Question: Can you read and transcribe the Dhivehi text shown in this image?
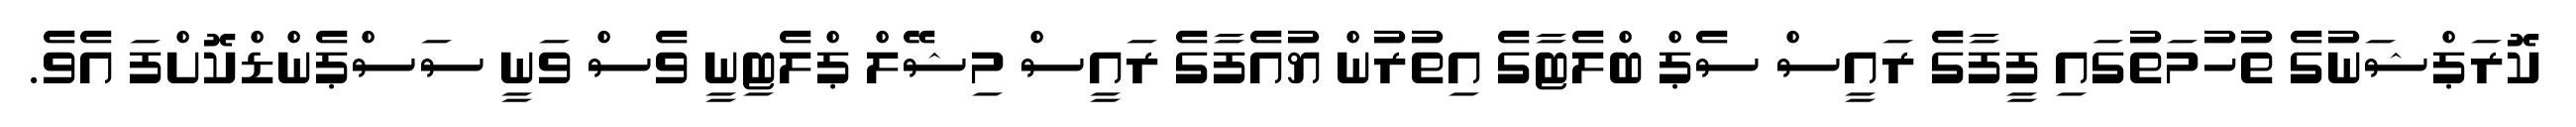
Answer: ކޮރަޕްޝަނުގެ ތުހުމަތުގައި ފީފާގެ ރައީސް ސެޕް ބްލެޓާގެ އިތުރުން ޔުއެފާގެ ރައީސް މިޝޭލް ޕްލެޓިނީ ވެސް ވަނީ ސަސްޕެންޑްކޮށްފަ އެވެ.